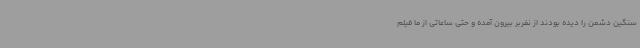
سنگین دشمن را دیده بودند از نفربر بیرون آمده و حتی ساعاتی از ما فیلم